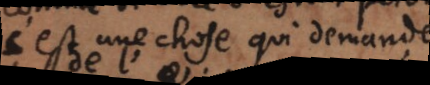
c’est une chose qui demande